Insane asylums in Bengal annual reports 1867-1875 - 1867-1875
Year: 1867
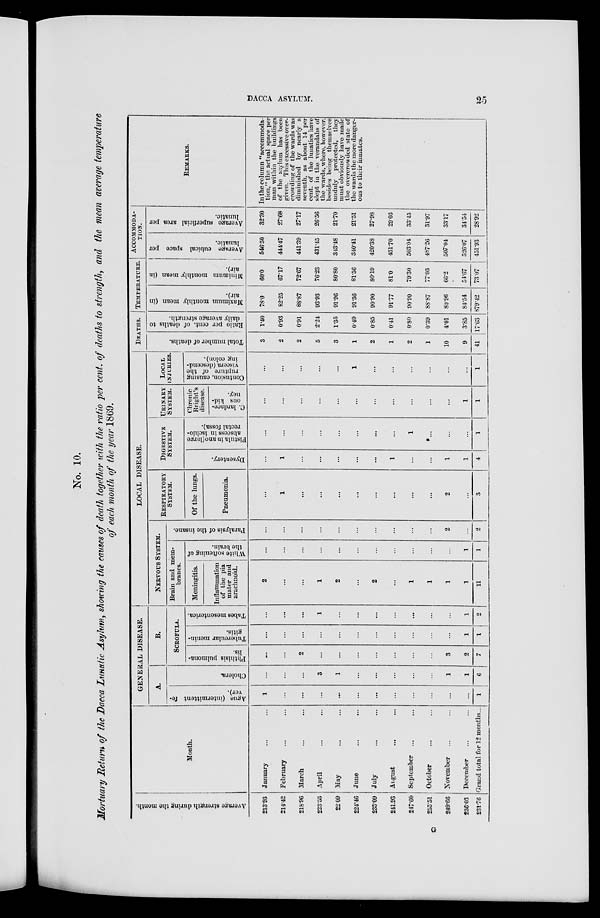
DACCA ASYLUM.
25
No. 10.
Mortuary Return of the Dacca Lunatic Asylum, showing the causes of death together with the ratio per cent. of deaths to strength, and the mean average temperature
of each month of the year 1869.
Average strength during the month.
213.93
214.42
218.96
223.53
22. 09
224.46
233.09
241.93
247.60
255.51
249.66
236.03
231.76
Month.
January ... ...
February ... ...
March ... ...
April ... ...
May ... ...
June ... ...
July ... ...
August ... ...
September ... ...
October ... ...
November ... ...
December ... ...
Grand total for 12 months ...
GENERAL DISEASE.
A.
Ague (intermittent fe-
ver).
1
...
...
...
...
...
...
...
...
...
...
...
1
Cholera.
...
...
...
3
1
...
...
...
...
...
1
1
6
B.
SCROFULA.
Phthisis pulmona-
lis.
...
...
2
...
...
...
...
...
...
...
3
2
7
Tubercular menin-
gitis.
...
...
...
...
...
...
...
...
...
...
...
1
1
Tabes mesenterica.
...
...
...
1
...
...
...
...
...
...
...
1
2
LOCAL DISEASE.
NERVOUS SYSTEM.
Brain and mem-
branes.
Meningitis.
Inflammation
of the pia
mater and
arachnoid.
2
...
...
1
2
...
2
...
1
1
1
1
11
White softening of
the brain.
...
...
...
...
...
...
...
...
...
...
...
1
1
Paralysis of the insane.
...
...
...
...
...
...
...
...
...
...
2
...
2
RESPIRATORY
SYSTEM.
Of the lungs.
Pneumonia.
...
1
...
...
...
...
...
...
...
...
2
...
3
DIGESTIVE
SYSTEM.
Dysentery.
...
1
...
...
...
...
...
1
...
...
1
1
4
Fistula in ano(large
abscess in ischio-
rectal fossa).
...
...
...
...
...
...
...
...
1
...
...
...
1
URINARY
SYSTEM.
Chronic
Bright's
C. lardace-
ous kid-
ney.
...
...
...
...
...
...
...
...
...
...
...
1
1
LOCAL
INJURIES.
Contusion, causing
rupture of the
viscera (descend-
ing colon).
...
...
...
...
...
1
...
...
...
...
...
...
1
DEATHS.
Total number of deaths.
3
2
2
5
3
1
2
1
2
1
10
9
41
Ratio per cent. of deaths to
daily average strength.
1.40
0.93
0.91
2.24
1.35
0.49
0.85
0.41
0.80
0.39
4.01
3.85
17.63
TEMPERATURE.
Maximum monthly mean (in
air).
78.0
82.25
88.87
93.93
91.96
91.36
90.90
91.77
90.90
88.87
80.96
84.54
879.42
Minimum monthly mean (in
air).
60.0
67.17
72.67
76.23
80.80
81.56
80.19
81.0
79.30
77.03
66.2
54.67
73.07
ACCOMMODA-
----.
Average cubical space per
lunatic.
546.50
444.47
441.39
431.45
343.48
340.41
420.38
431.70
503.04
487.26
507.04
526.07
451.93
Average superficial area per
lunatic.
32.30
27.68
27.17
26.56
21.70
21.51
27.98
29.03
33.45
31.97
33.17
34.54
28.92
REMARKS.
In the column "accommoda-
tion," the actual space per
man within the buildings
of the asylum has been
given. This excessive over-
crowding of the wards was
diminished by nearly a
seventh, as about 14 per
cent. of the lunatics have
slept in the verandahs of
the wards, where, however,
besides being themselves
unduly protected, they
must obviously have made
the overcrowded state of
the wards the more danger-
ous to their inmates.
G